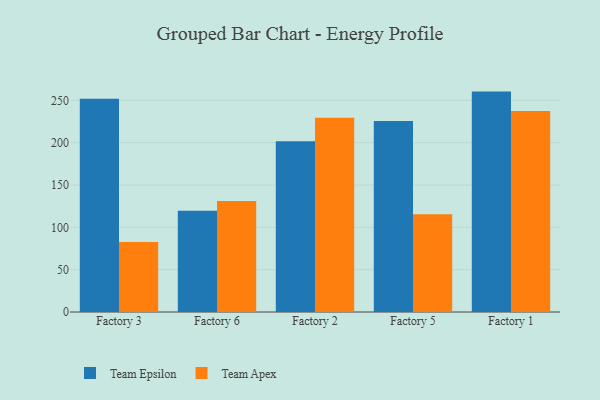
{"axis": {"x": "Factory", "y": "Conversion Rate (%)"}, "legend": ["Team Apex", "Team Epsilon"], "data": [{"x": "Factory 3", "y": 252.1, "type": "Team Epsilon"}, {"x": "Factory 3", "y": 82.6, "type": "Team Apex"}, {"x": "Factory 6", "y": 119.5, "type": "Team Epsilon"}, {"x": "Factory 6", "y": 131.0, "type": "Team Apex"}, {"x": "Factory 2", "y": 201.8, "type": "Team Epsilon"}, {"x": "Factory 2", "y": 229.5, "type": "Team Apex"}, {"x": "Factory 5", "y": 225.7, "type": "Team Epsilon"}, {"x": "Factory 5", "y": 115.4, "type": "Team Apex"}, {"x": "Factory 1", "y": 260.4, "type": "Team Epsilon"}, {"x": "Factory 1", "y": 237.5, "type": "Team Apex"}]}